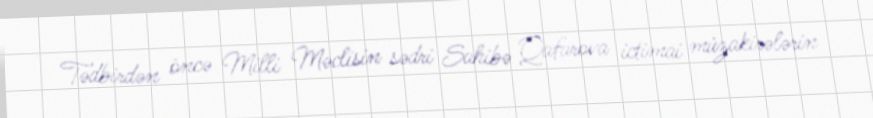
Tədbirdən öncə Milli Məclisin sədri Sahibə Qafarova ictimai müzakirələrin